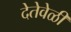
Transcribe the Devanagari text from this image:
देतेवेळी